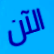
الآن